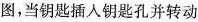
图，当钥匙插入钥匙孔并转动